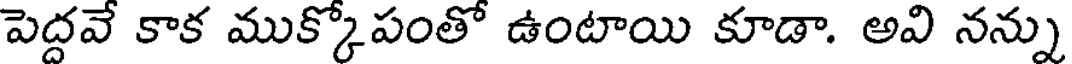
పెద్దవే కాక ముక్కోపంతో ఉంటాయి కూడా. అవి నన్ను